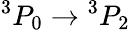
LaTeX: {}^{3}P_{0}\rightarrow{}^{3}P_{2}